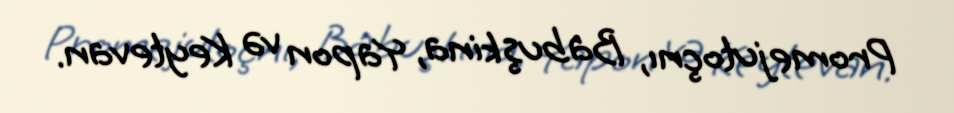
Promejutoçnı, Babuşkina, Yapon və Keytevan.